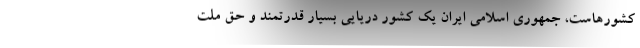
کشورهاست، جمهوری اسلامی ایران یک کشور دریایی بسیار قدرتمند و حق ملت